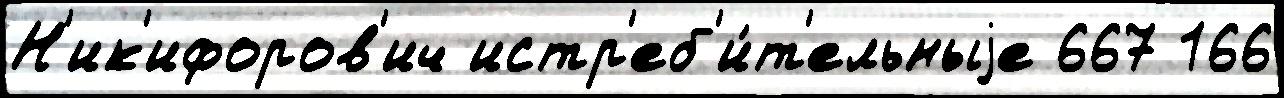
Н'ик'ифоров'ич истр'еб'и́т'ельныjе 667 166